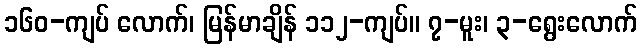
၁၆၀-ကျပ် လောက်၊ မြန်မာချိန် ၁၁၂-ကျပ်။ ၇-မူး၊ ၃-ရွေးလောက်